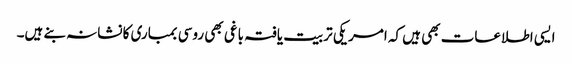
ایسی اطلاعات بھی ہیں کہ امریکی تربیت یافتہ باغی بھی روسی بمباری کا نشانہ بنے ہیں۔